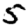
Digit: 5